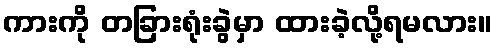
ကားကို တခြားရုံးခွဲမှာ ထားခဲ့လို့ရမလား။